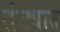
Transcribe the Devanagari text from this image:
तंट्यात